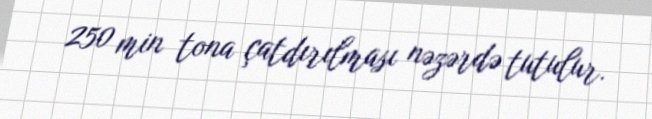
250 min tona çatdırılması nəzərdə tutulur.